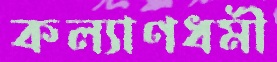
কল্যাণধর্মী